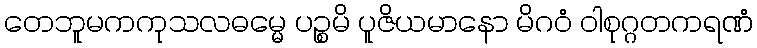
တေဘူမကကုသလဓမ္မေ ပဉ္စမိ ပူဇိယမာနော မိဂဝံ ဝါစုဂ္ဂတကရဏံ